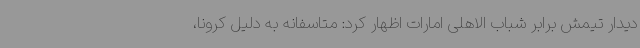
دیدار تیمش برابر شباب الاهلی امارات اظهار کرد: متاسفانه به دلیل کرونا،